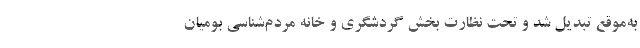
به‌موقع تبدیل شد و تحت نظارت بخش گردشگری و خانه مردم‌شناسی بومیان